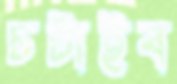
চটাইব